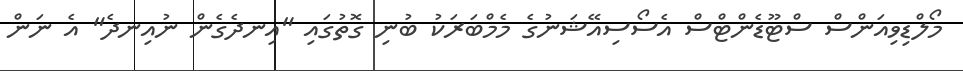
މޯލްޑިވިއަންސް ސްޓޫޑެންޓްސް އެސޯސިއޭޝަނުގެ މެމްބަރަކު ބުނި ގޮތުގައި "އިނދެގެން ނުއިނދެ" އެ ނަން